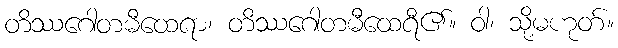
တိဿဂေါတမီထေရာ၊ တိဿဂေါတမီထေရီ၏။ ဝါ၊ သို့မဟုတ်။